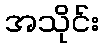
အသိုင်း